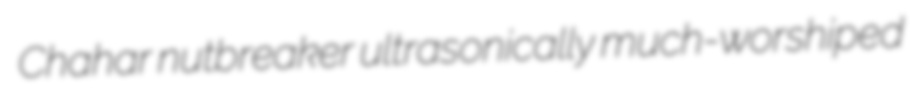
Chahar nutbreaker ultrasonically much-worshiped